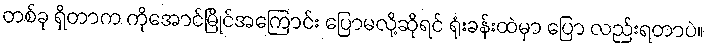
တစ်ခု ရှိတာက ကိုအောင်မြိုင်အကြောင်း ပြောမလို့ဆိုရင် ရုံးခန်းထဲမှာ ပြော လည်းရတာပဲ။